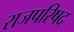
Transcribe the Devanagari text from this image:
राजपरिषद